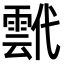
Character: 𩃷